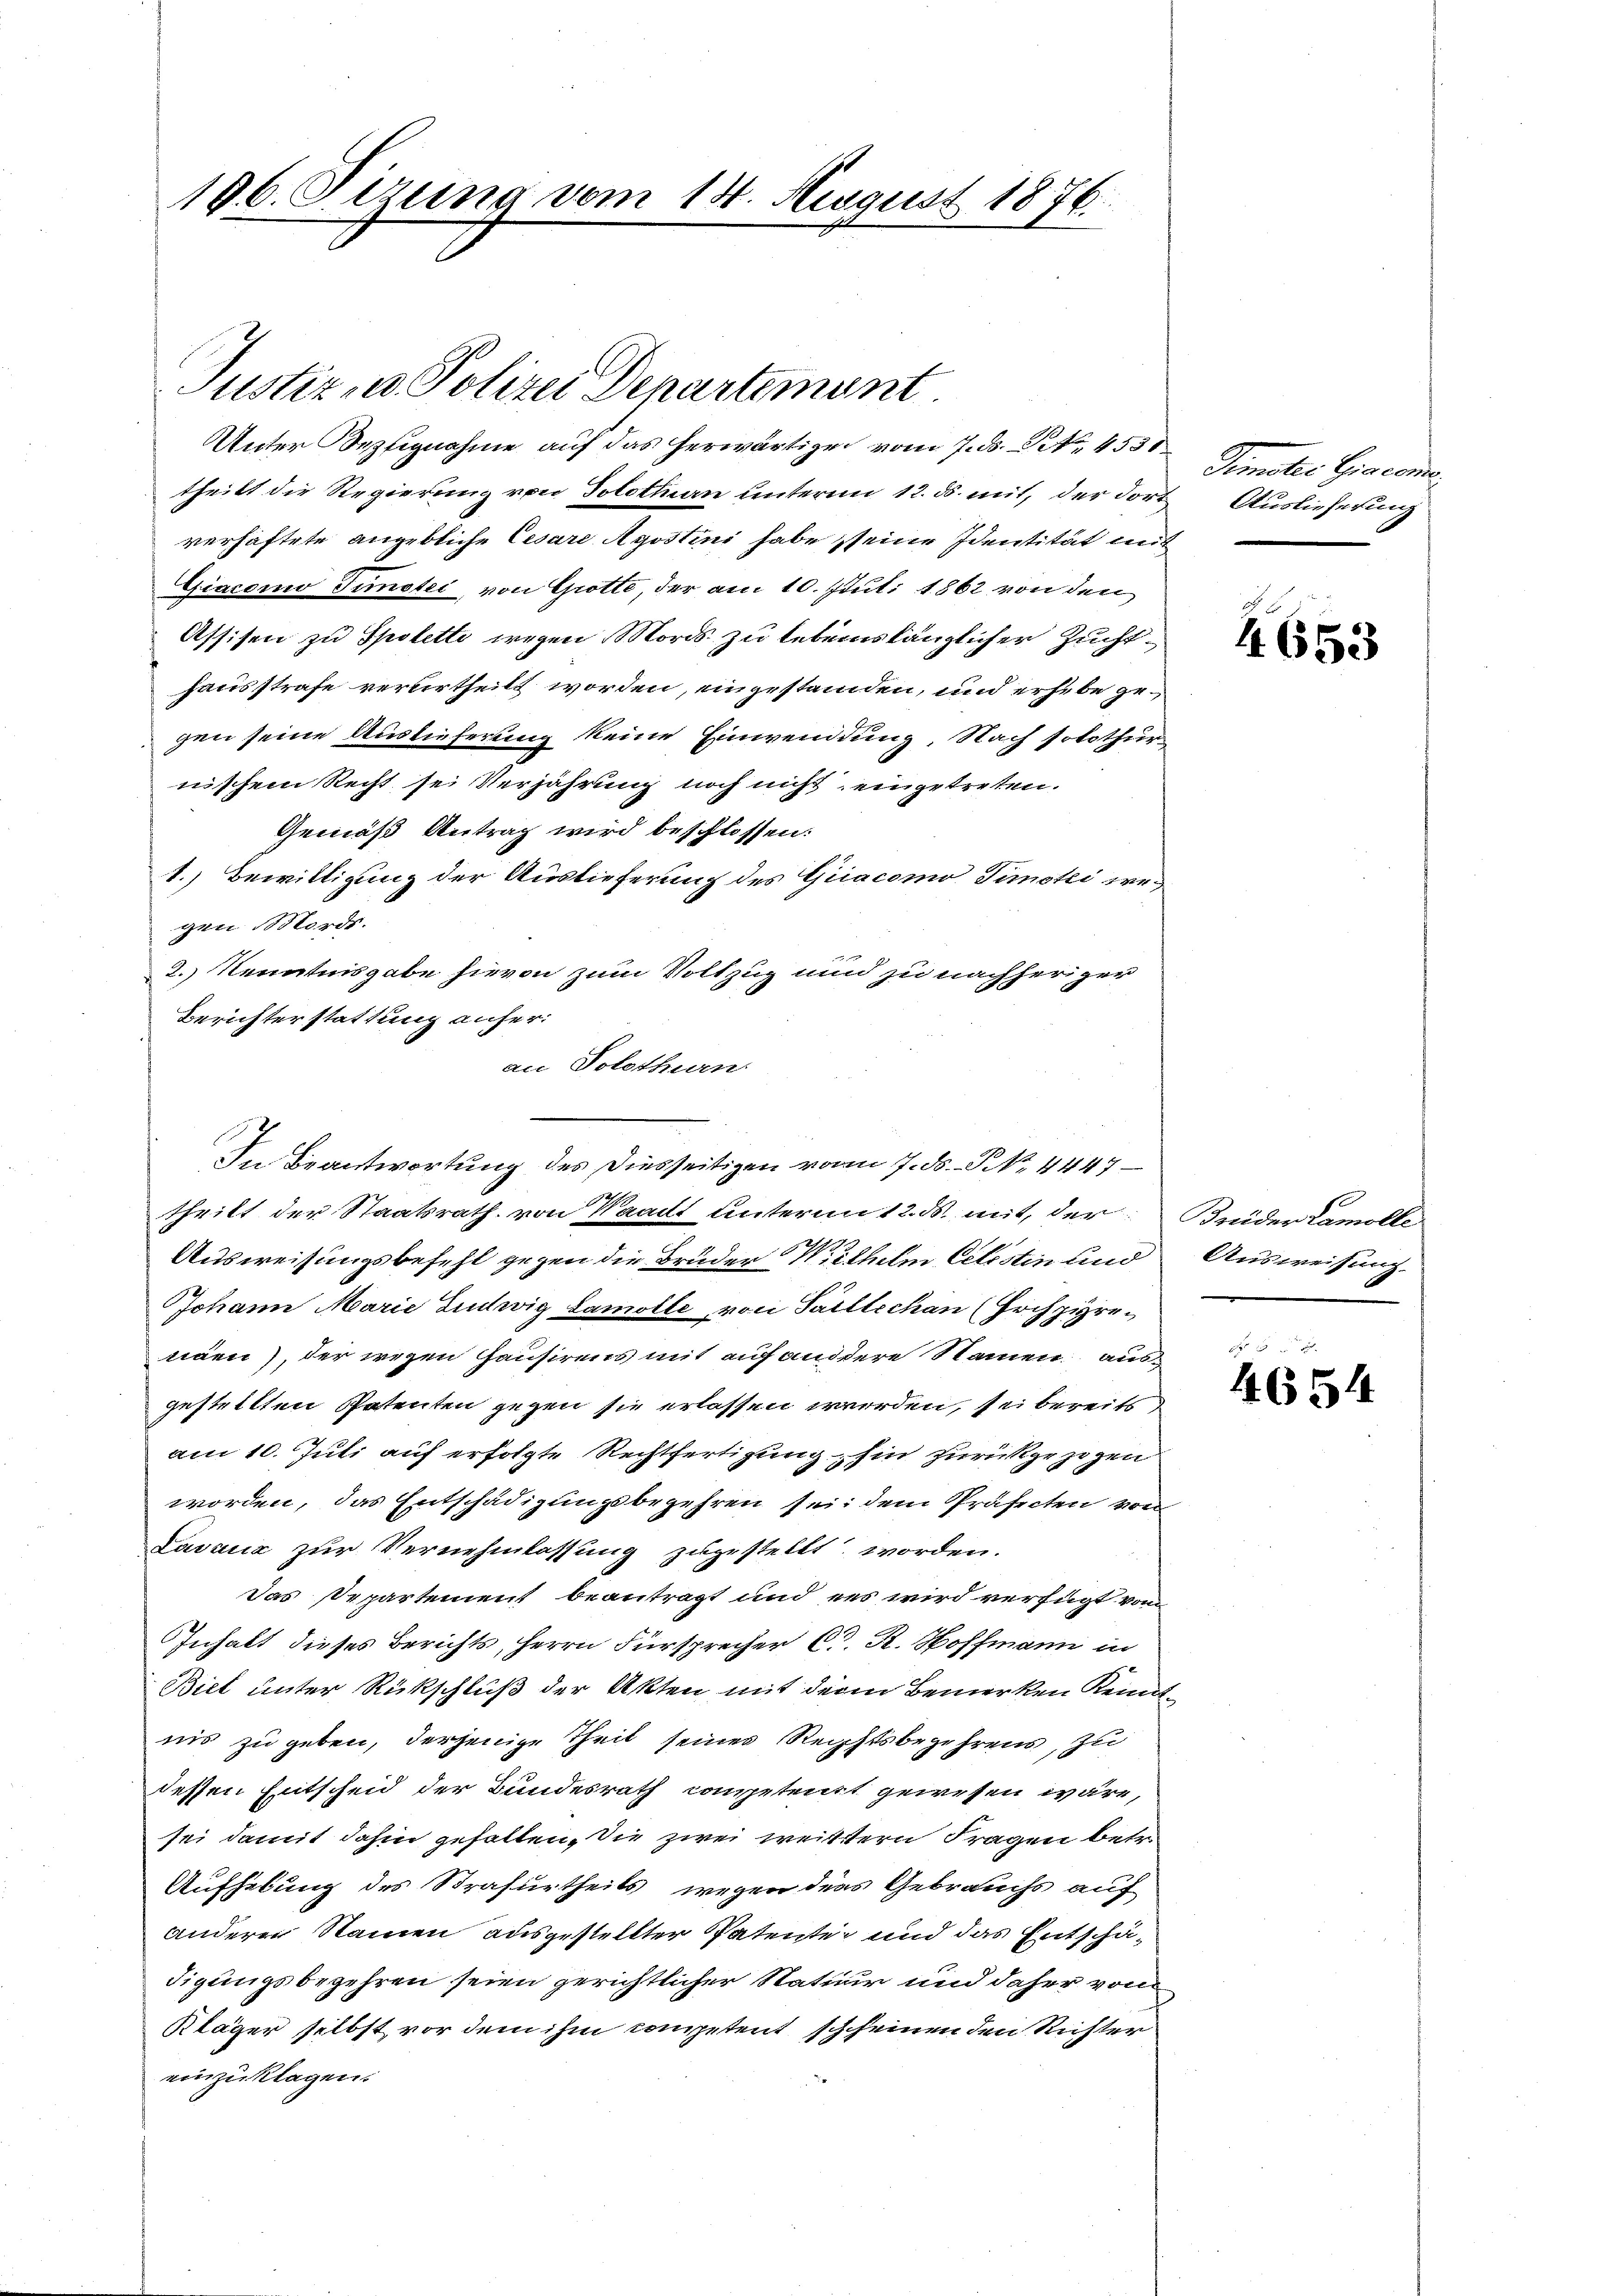
186. Otzung vom 14. August 1876

Justiz u. Polizei Departement
Unter Selignahme auf das herwärtige vom 7. ds. Art. 4530
theilt die Regierung von Solothurn unterm 12. ds. mit, der dort
verhaftete angebliche Cesare Agostini habe seine Identität mit
Giacomo Gunster, von Grotte, der am 10. Juli 1862 von den
Assisen zu Spolette wegen Mords zu lebenslänglicher Zuchthausstrafe verurtheilt worden, eingestanden, und erhebe gegen seine Auslieferung keine Einwendung. Nach solothur
nischem Recht sei Verjährung noch nicht eingetreten.
Gemäß Antrag wird beschlossen:
1.) Bewittigung der Auslieferung des Giacomo Timoki wegen Morde.
2.) Kenntinsgabe hievon zum Vollzug und zu nachheriger
Berichterstattung anfer:
an Solothurn
In Beantwortung des Diesseitigen vom 7. ds. P. Nr. 4447
theilt der Staatsrath von Waadt unterm 12. ds. mit, der
Ausweisungsbefehl gegen die Bruder Wilhelm Celestin und
Johann Marie Ludwig Lamolle, von Saillechen (Erchziren
nänn), der wegen Hausirens mit auf andere Namen ausgestellten Petenten gegen sie erlassen werden, sei bereits
am 10. Juli auf erfolgte Rechtfertigung hin zurückgezogen
worden, das Entschädigungsbegehren sei, dem Präfecten von
Lavaux zur Vernehmlassung zugestellt worden.
Das Departement beantragt und es wird verfügt von
Inhalt dieses Berichts, Herrn Fürsprecher C. R. Hoffmann in
Biel unter Rückschluß der Akten mit dem Bemerken Kenntnis zu geben, derjenige Theil seiner Rechtsbegehrens, zu
dessen Entscheid der Bundesrath competent gewesen wäre,
sei damit dahin gefallen. Die zwei weitern Fragen betr.
Aufhebung des Strafurtheils wegen des Gebrauchs auf
andere Namen ausgestellter Patente und das Entschädigungsbegehren seien gerichtlicher Natur und daher von
Kläger selbst vor dem ihm competent scheinen den Richter
einzuklagen.

Gumater Gerec
Auslieferung

4653

Freider Lamolle
Ausweisung.

4654